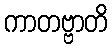
ကာတဗ္ဗာတိ